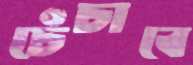
চেঁচাবে